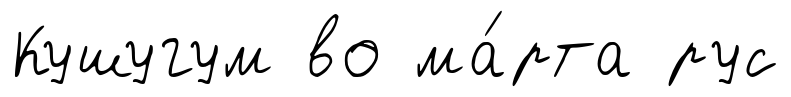
Кушугум во ма́рта рус